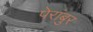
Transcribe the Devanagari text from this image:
पेरांबुर